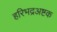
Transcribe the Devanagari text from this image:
हरिभद्रअष्टक